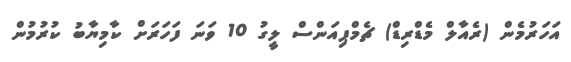
އަހަރުމެން (ރެއާލް މެޑްރިޑް) ޗެމްޕިއަންސް ލީގު 10 ވަނަ ފަހަރަށް ކާމިޔާބު ކުރުމުން